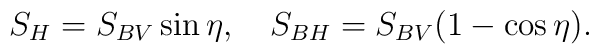
S_{H}= S_{BV} \sin \eta, ~~~S_{BH}= S_{BV} (1- \cos \eta).